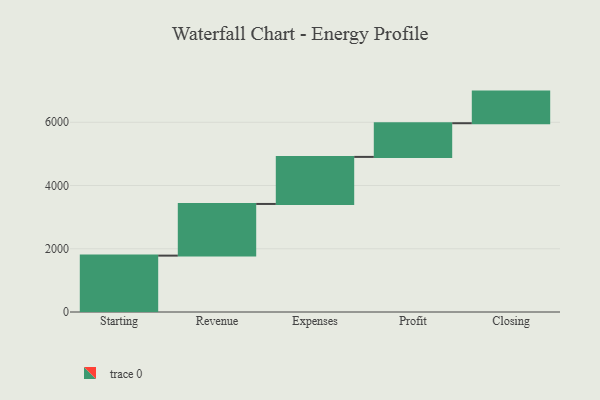
{"axis": {"x": "Step", "y": "Value"}, "legend": [""], "data": [{"x": "Starting", "y": 1783.0, "type": ""}, {"x": "Revenue", "y": 1634.0, "type": ""}, {"x": "Expenses", "y": 1488.0, "type": ""}, {"x": "Profit", "y": 1065.0, "type": ""}, {"x": "Closing", "y": 1000, "type": ""}]}